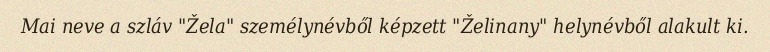
Mai neve a szláv "Žela" személynévből képzett "Želinany" helynévből alakult ki.